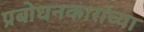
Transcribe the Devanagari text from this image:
प्रबोधनकारांच्या